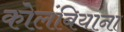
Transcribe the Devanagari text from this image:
कोलंबियाना